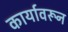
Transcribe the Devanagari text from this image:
कार्यावरून